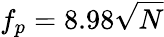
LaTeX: f_{p}=8.98\sqrt{N}